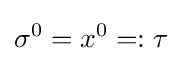
\sigma ^{0}=x^{0}=:\tau